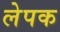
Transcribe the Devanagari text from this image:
लेपक